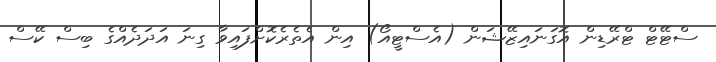
ސްޓޭޓް ޓްރޭޑިން އޮގަނައިޒޭޝަން (އެސްޓީއޯ) އިން އެތެރެކޮށްފައިވާ ގިނަ އަދަދެއްގެ ބިސް ކޭސް